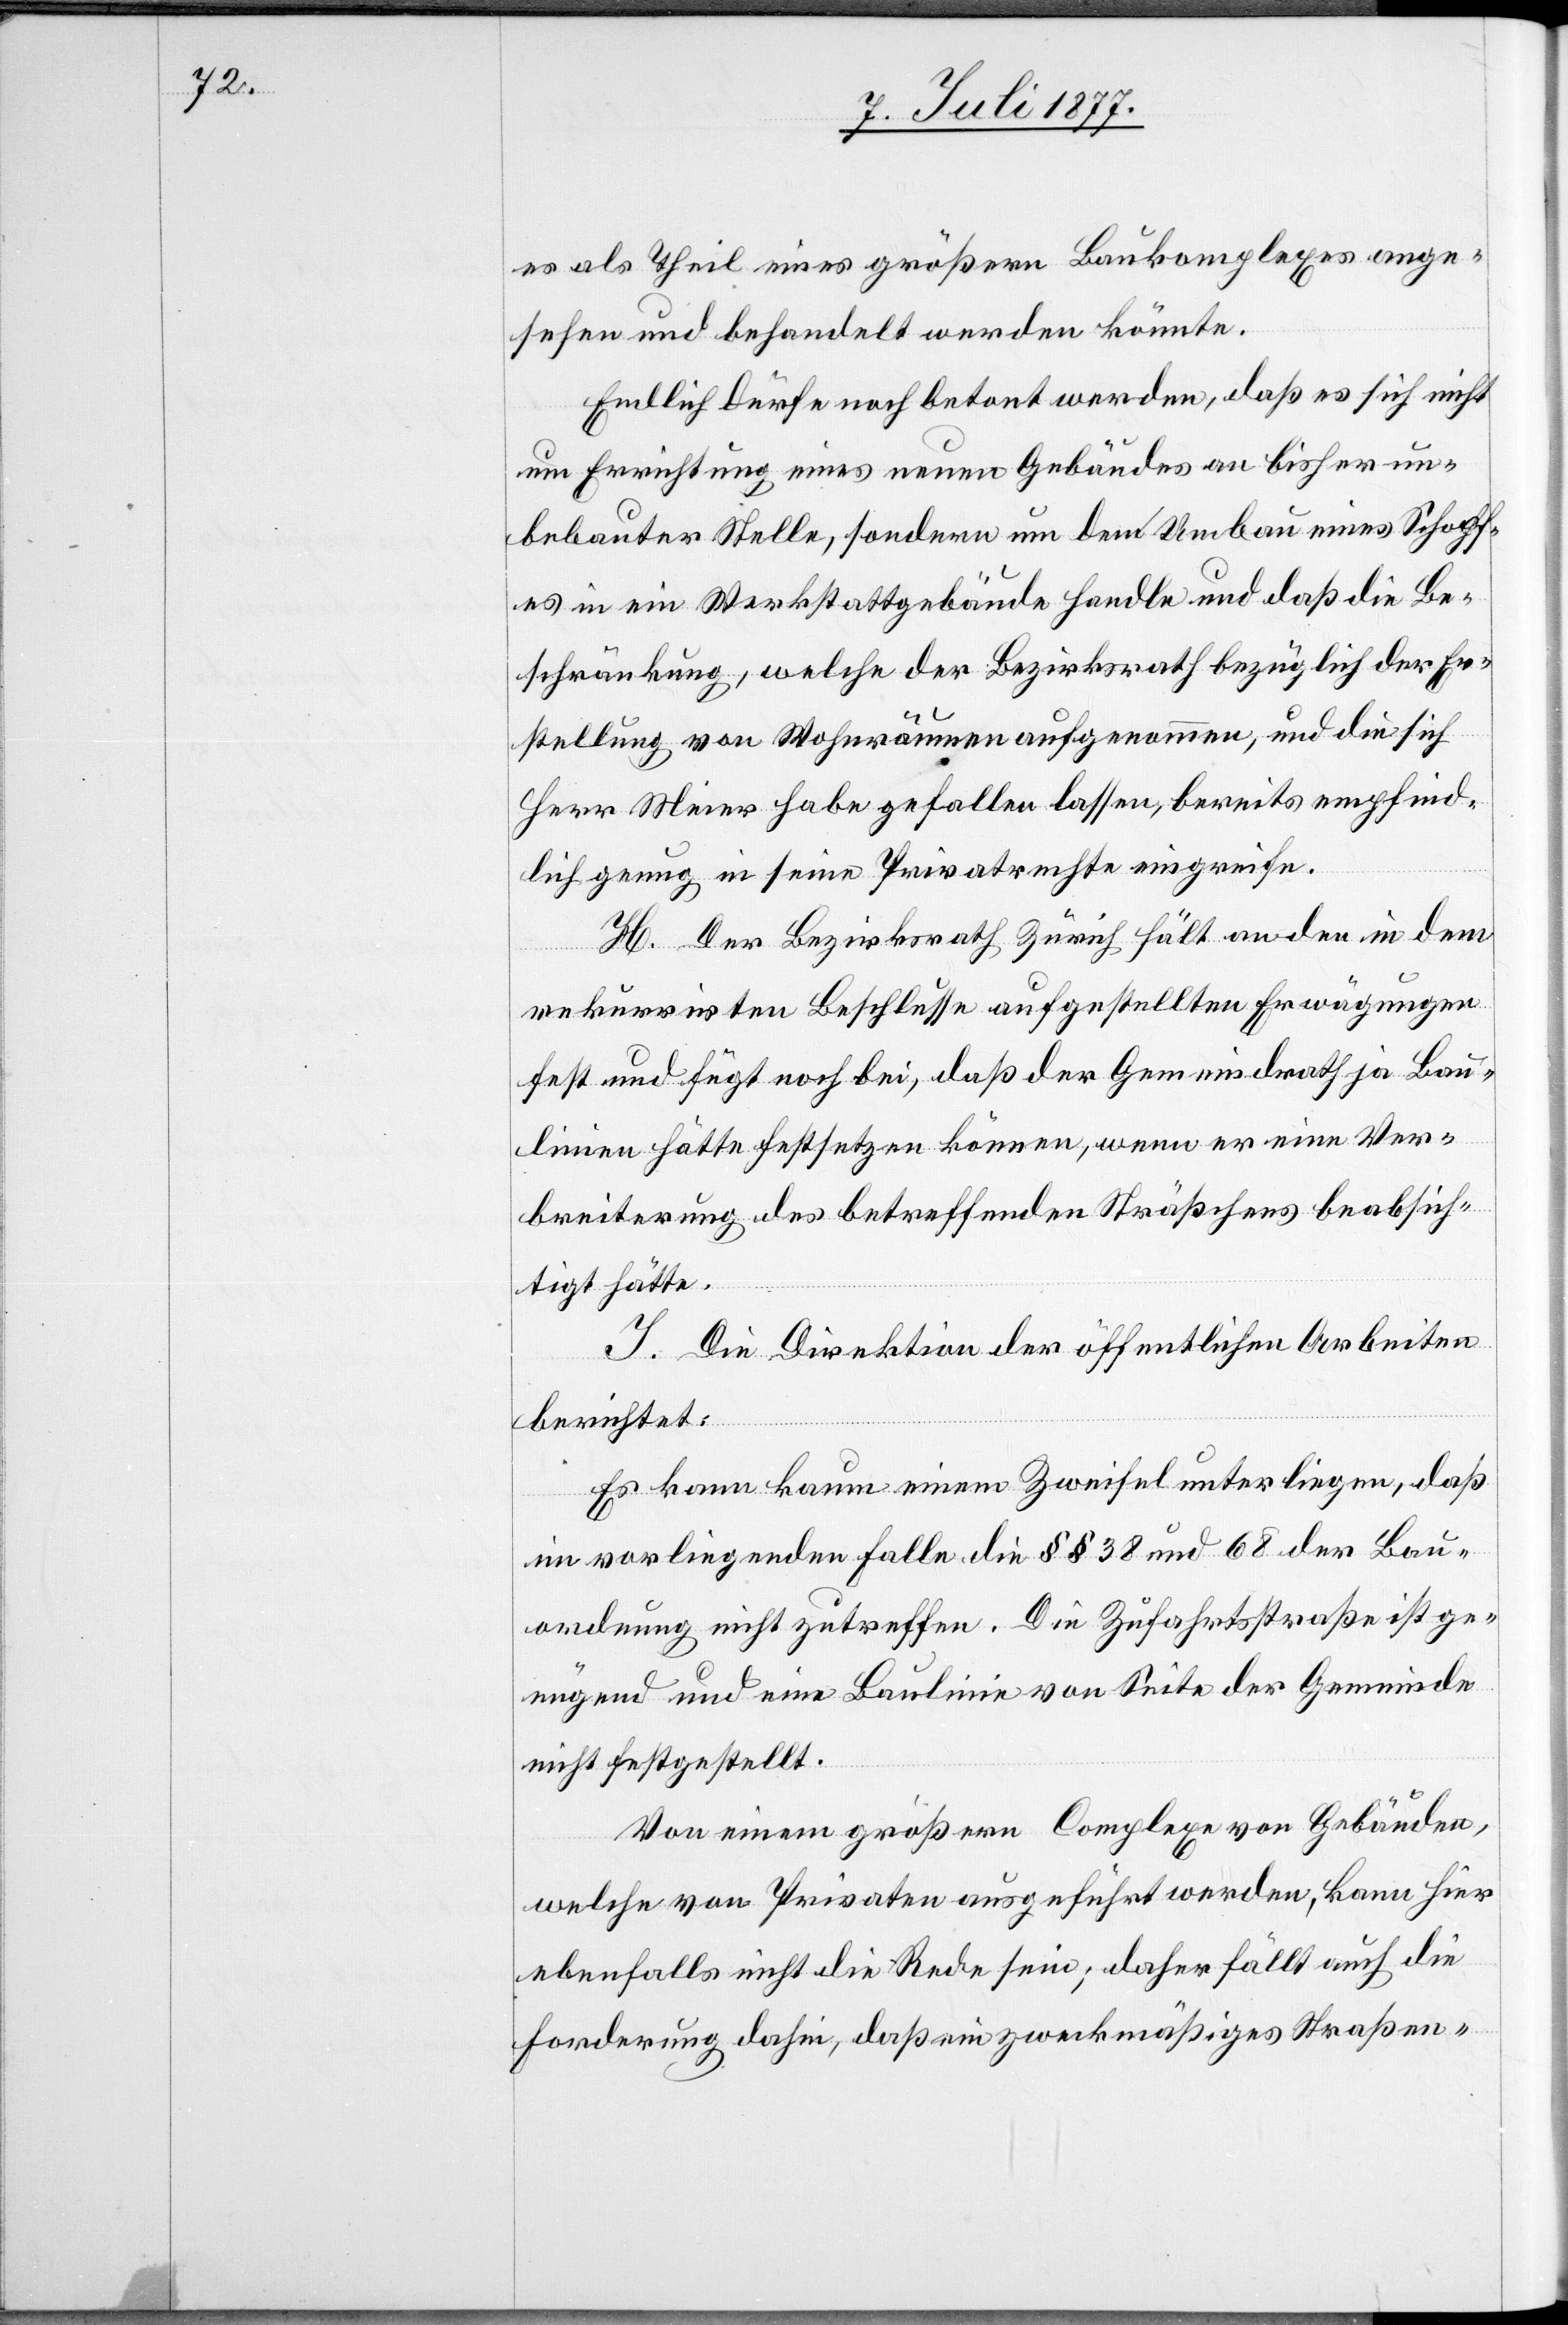
es als Theil eines größern Baukomplexes ange¬
sehen und behandelt werden könnte.
Endlich dürfe noch betont werden, daß es sich nicht
um Errichtung eines neuen Gebäudes an bisher un¬
bebauter Stelle, sondern um den Umbau eines Schopf¬
es in ein Werkstattgebäude handle und daß die Be¬
schränkung, welche der Bezirksrath bezüglich der Er¬
stellung von Wohnräumen aufgenommen, und die sich
Herr Meier habe gefallen lassen, bereits empfind¬
lich genug in seine Privatrechte eingreife.
H. Der Bezirksrath Zürich hält an den in dem
rekurrirten Beschlusse aufgestellten Erwägungen
fest und fügt noch bei, daß der Gemeindrath ja Bau¬
linien hätte festsetzen können, wenn er eine Ver¬
breiterung des betreffenden Sträßchens beabsich¬
tigt hätte.
I. Die Direktion der öffentlichen Arbeiten
berichtet:
Es kann kaum einem Zweifel unterliegen, daß
im vorliegenden Falle die §§ 38 und 68 der Bau¬
ordnung nicht zutreffen. Die Zufahrtsstraße ist ge¬
nügend und eine Baulinie von Seite der Gemeinde
nicht festgestellt.
Von einem größern Complexe von Gebäuden,
welche von Privaten ausgeführt werden, kann hier
ebenfalls nicht die Rede sein; daher fällt auch die
Forderung dahin, daß ein zweckmäßiges Straßen-